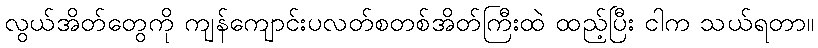
လွယ်အိတ်တွေကို ကျန်ကျောင်းပလတ်စတစ်အိတ်ကြီးထဲ ထည့်ပြီး ငါက သယ်ရတာ။